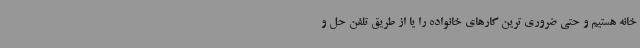
خانه هستیم و حتی ضروری ترین کارهای خانواده را یا از طریق تلفن حل و